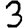
Digit: 3